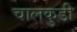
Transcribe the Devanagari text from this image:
चालकुडी